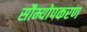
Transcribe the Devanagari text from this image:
सौम्योपकरण